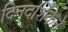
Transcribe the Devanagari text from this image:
दिनदर्शिकेने